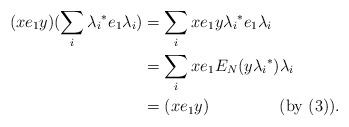
\begin{align*} (xe_1y)(\sum_i{\lambda_i}^*e_1\lambda_i)& = \sum_i xe_1y{\lambda_i}^*e_1\lambda_i\\ & = \sum_i xe_1E_N(y{\lambda_i}^*)\lambda_i\\ & = (xe_1y)~~~~~~~~~~~~~(\textrm{by (3)}).\end{align*}